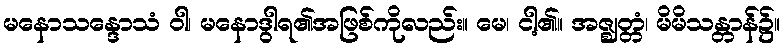
မနောသန္ဒောသံ ဝါ၊ မနောဒွါရ၏အဖြစ်ကိုလည်း။ မေ၊ ငါ့၏။ အဇ္ဈတ္တံ၊ မိမိသန္တာန်၌။